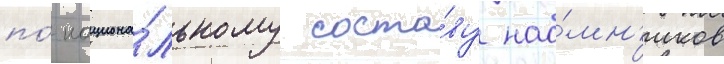
по́ национа́льному соста́ву нао́мн'иков